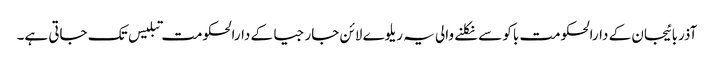
آذربائیجان کے دارالحکومت باکو سے نکلنے والی یہ ریلوے لائن جارجیا کے دارالحکومت تبلیس تک جاتی ہے۔